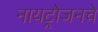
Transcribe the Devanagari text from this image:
नायट्रोजनचे